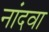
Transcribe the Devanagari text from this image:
नांदवा